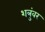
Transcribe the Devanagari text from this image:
शत्रुंवर